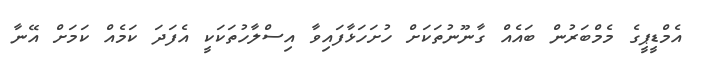
އެމްޑީޕީގެ މެމްބަރުން ބައެއް ގާނޫނުތަކަށް ހުށަހަޅާފައިވާ އިސްލާހުތަކަކީ އެފަދަ ކަމެއް ކަމަށް އޭނާ